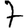
Digit: 7